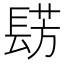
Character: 𮤀